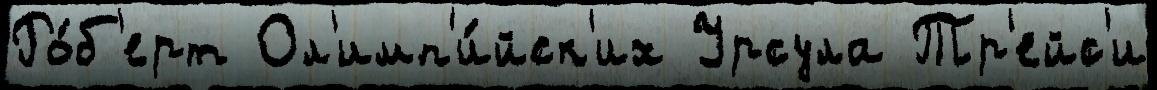
Ро́б'ерт Ол'имп'и́йск'их Урсула Тр'ейс'и